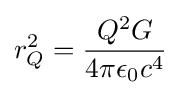
r_{Q}^{2}={\frac {Q^{2}G}{4\pi \epsilon _{0}c^{4}}}